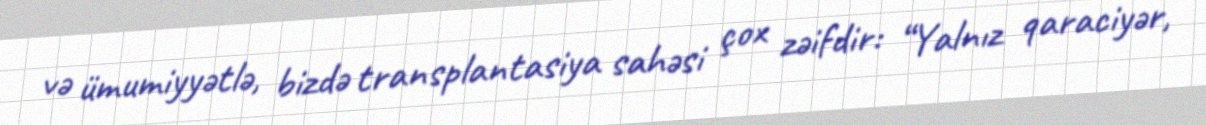
və ümumiyyətlə, bizdə transplantasiya sahəsi çox zəifdir: “Yalnız qaraciyər,